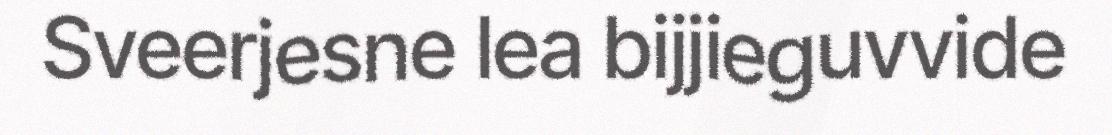
Sveerjesne lea bijjieguvvide